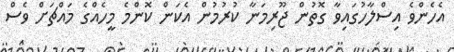
އެހެންވެ އިސްލާހުގައިވާ ގޮތުން ޖޫރިމަނާ ކުރުމުން އެކަން ކޮންމެ މީހެއްގެ މައްޗަށް ވެސް